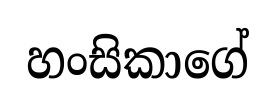
හංසිකාගේ